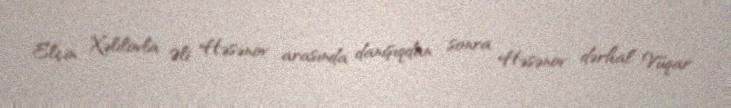
Elçin Xəlilovla Əli Həsənov arasında danışıqdan sonra Həsənov dərhal Vüqar